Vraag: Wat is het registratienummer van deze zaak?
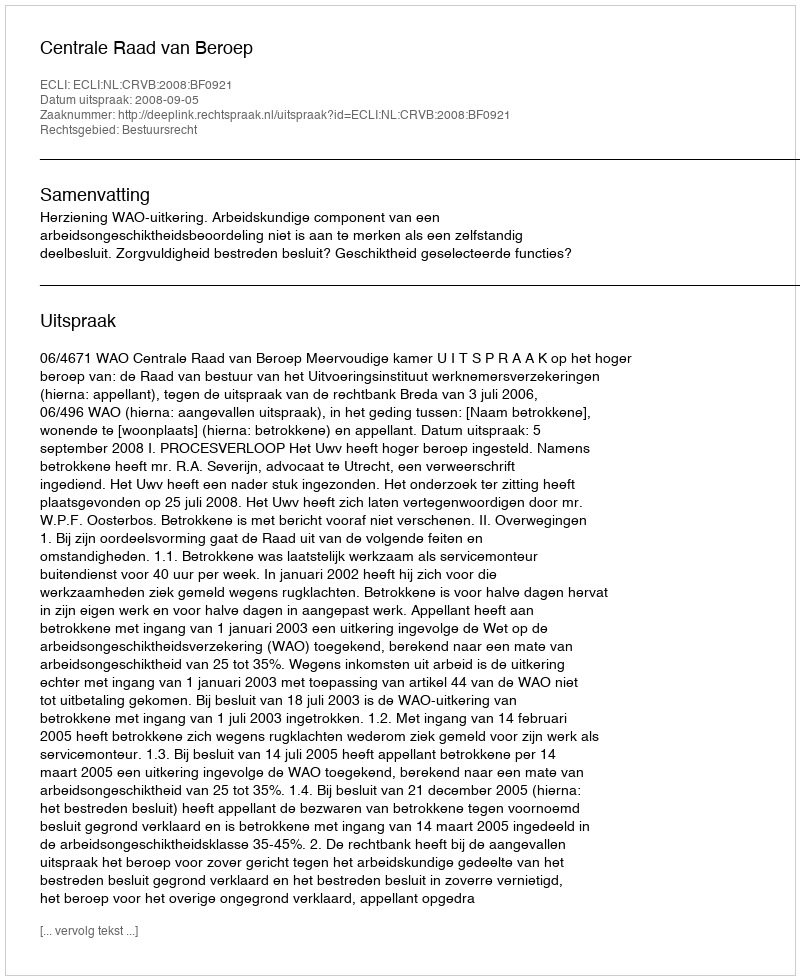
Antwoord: http://deeplink.rechtspraak.nl/uitspraak?id=ECLI:NL:CRVB:2008:BF0921